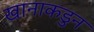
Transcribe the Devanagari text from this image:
खानाकडुन